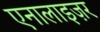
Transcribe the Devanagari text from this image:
एनालाइज़र